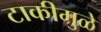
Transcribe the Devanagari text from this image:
टाकीमुळे